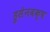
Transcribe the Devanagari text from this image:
हुसेनबक्ष